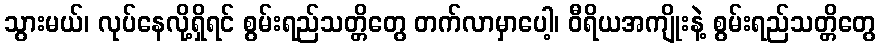
သွားမယ်၊ လုပ်နေလို့ရှိရင် စွမ်းရည်သတ္တိတွေ တက်လာမှာပေါ့၊ ဝီရိယအကျိုးနဲ့ စွမ်းရည်သတ္တိတွေ